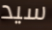
سيد